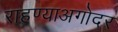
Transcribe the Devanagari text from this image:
राहण्याअगोदर